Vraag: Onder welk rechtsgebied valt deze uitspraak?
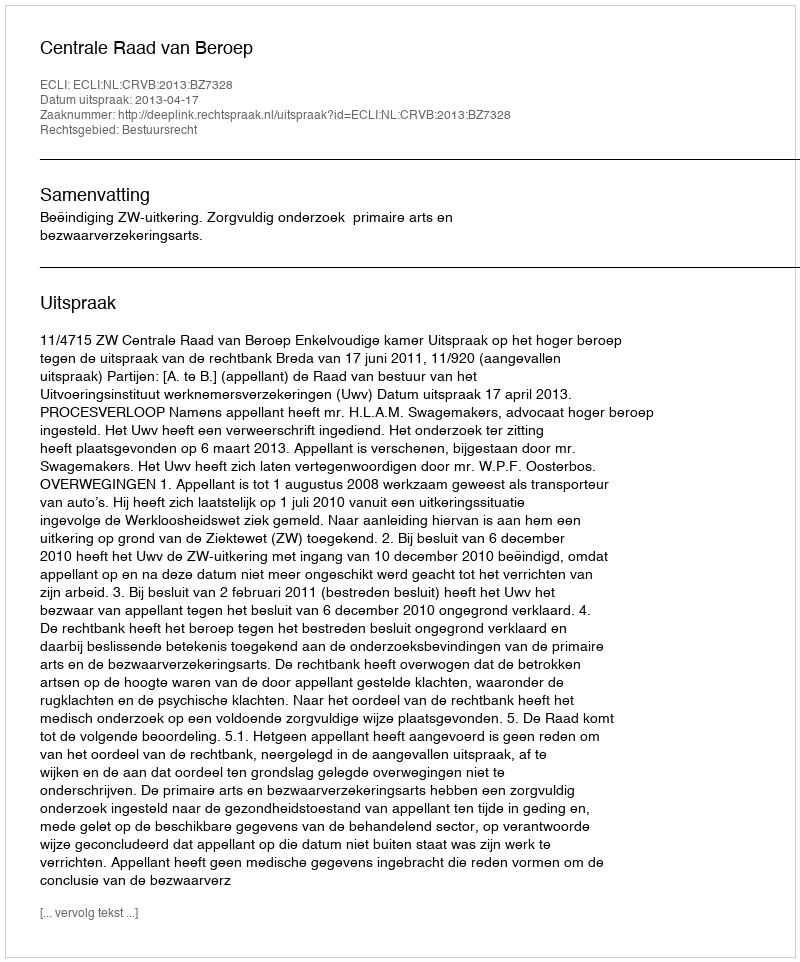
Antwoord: Bestuursrecht